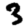
Digit: 3